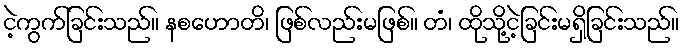
ငဲ့ကွက်ခြင်းသည်။ နစဟောတိ၊ ဖြစ်လည်းမဖြစ်။ တံ၊ ထိုသို့ငဲ့ခြင်းမရှိခြင်းသည်။